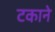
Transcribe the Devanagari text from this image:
टकाने